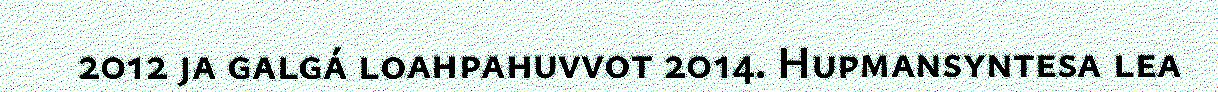
2012 ja galgá loahpahuvvot 2014. Hupmansyntesa lea